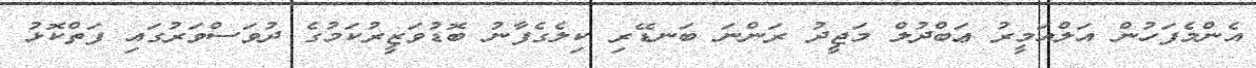
އެންމެފަހުން އަލްއަމީރު ޢަބްދުލް މަޖީދު ރަންނަ ބަނޑޭރި ކިލެގެފާނު ބޮޑުވަޒީރުކަމުގެ ދުވަސްވަރުގައި ފަތްކޮޅު